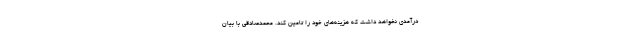
درآمدی نخواهد داشت که هزینه‌های خود را تامین کند. محمدصادقی با بیان